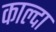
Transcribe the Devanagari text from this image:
काल्दा